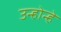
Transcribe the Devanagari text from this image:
उन्होन्हे